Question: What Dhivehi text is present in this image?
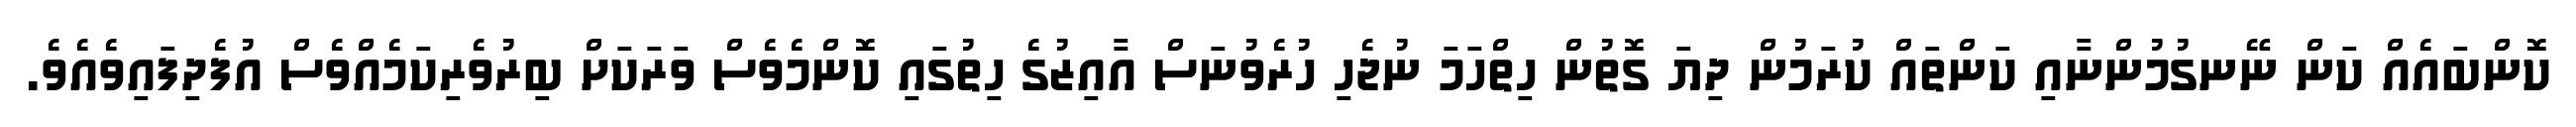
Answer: ކޮންބައެއް ކަން ނޭނގުމުންނާއި ކަންތައް ކުރަމުން ދިޔަ ގޮތުން ހިތްހަމަ ނުޖެހި ހުރެވުނަސް އާއިޒުގެ ހިތުގައި ކޮންމެވެސް ވަރަކަށް ބިރުވެރިކަމެއްވެސް އުފެދިފައިވެއެވެ.